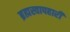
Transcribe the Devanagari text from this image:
ब्रह्मस्वापहारी